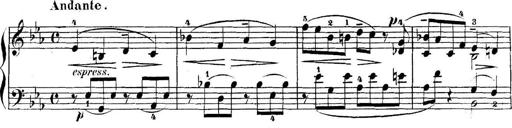
Title: 5 Sonatinas
Composer: Theodor Kirchner